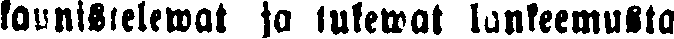
kaunistelewat ja tulewat lankeemusta